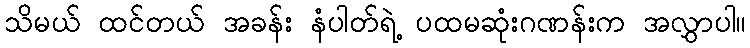
သိမယ် ထင်တယ် အခန်း နံပါတ်ရဲ့ ပထမဆုံးဂဏန်းက အလွှာပါ။